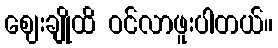
ဈေးချိုထိ ဝင်လာဖူးပါတယ်။